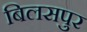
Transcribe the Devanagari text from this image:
बिलसपुर